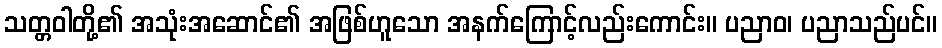
သတ္တဝါတို့၏ အသုံးအဆောင်၏ အဖြစ်ဟူသော အနက်ကြောင့်လည်းကောင်း။ ပညာဝ၊ ပညာသည်ပင်။